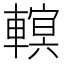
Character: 𨍵